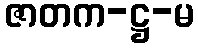
ဇာတက-ဋ္ဌ-မ